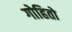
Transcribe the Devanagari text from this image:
गोहितो